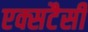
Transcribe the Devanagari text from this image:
एक्सटैसी